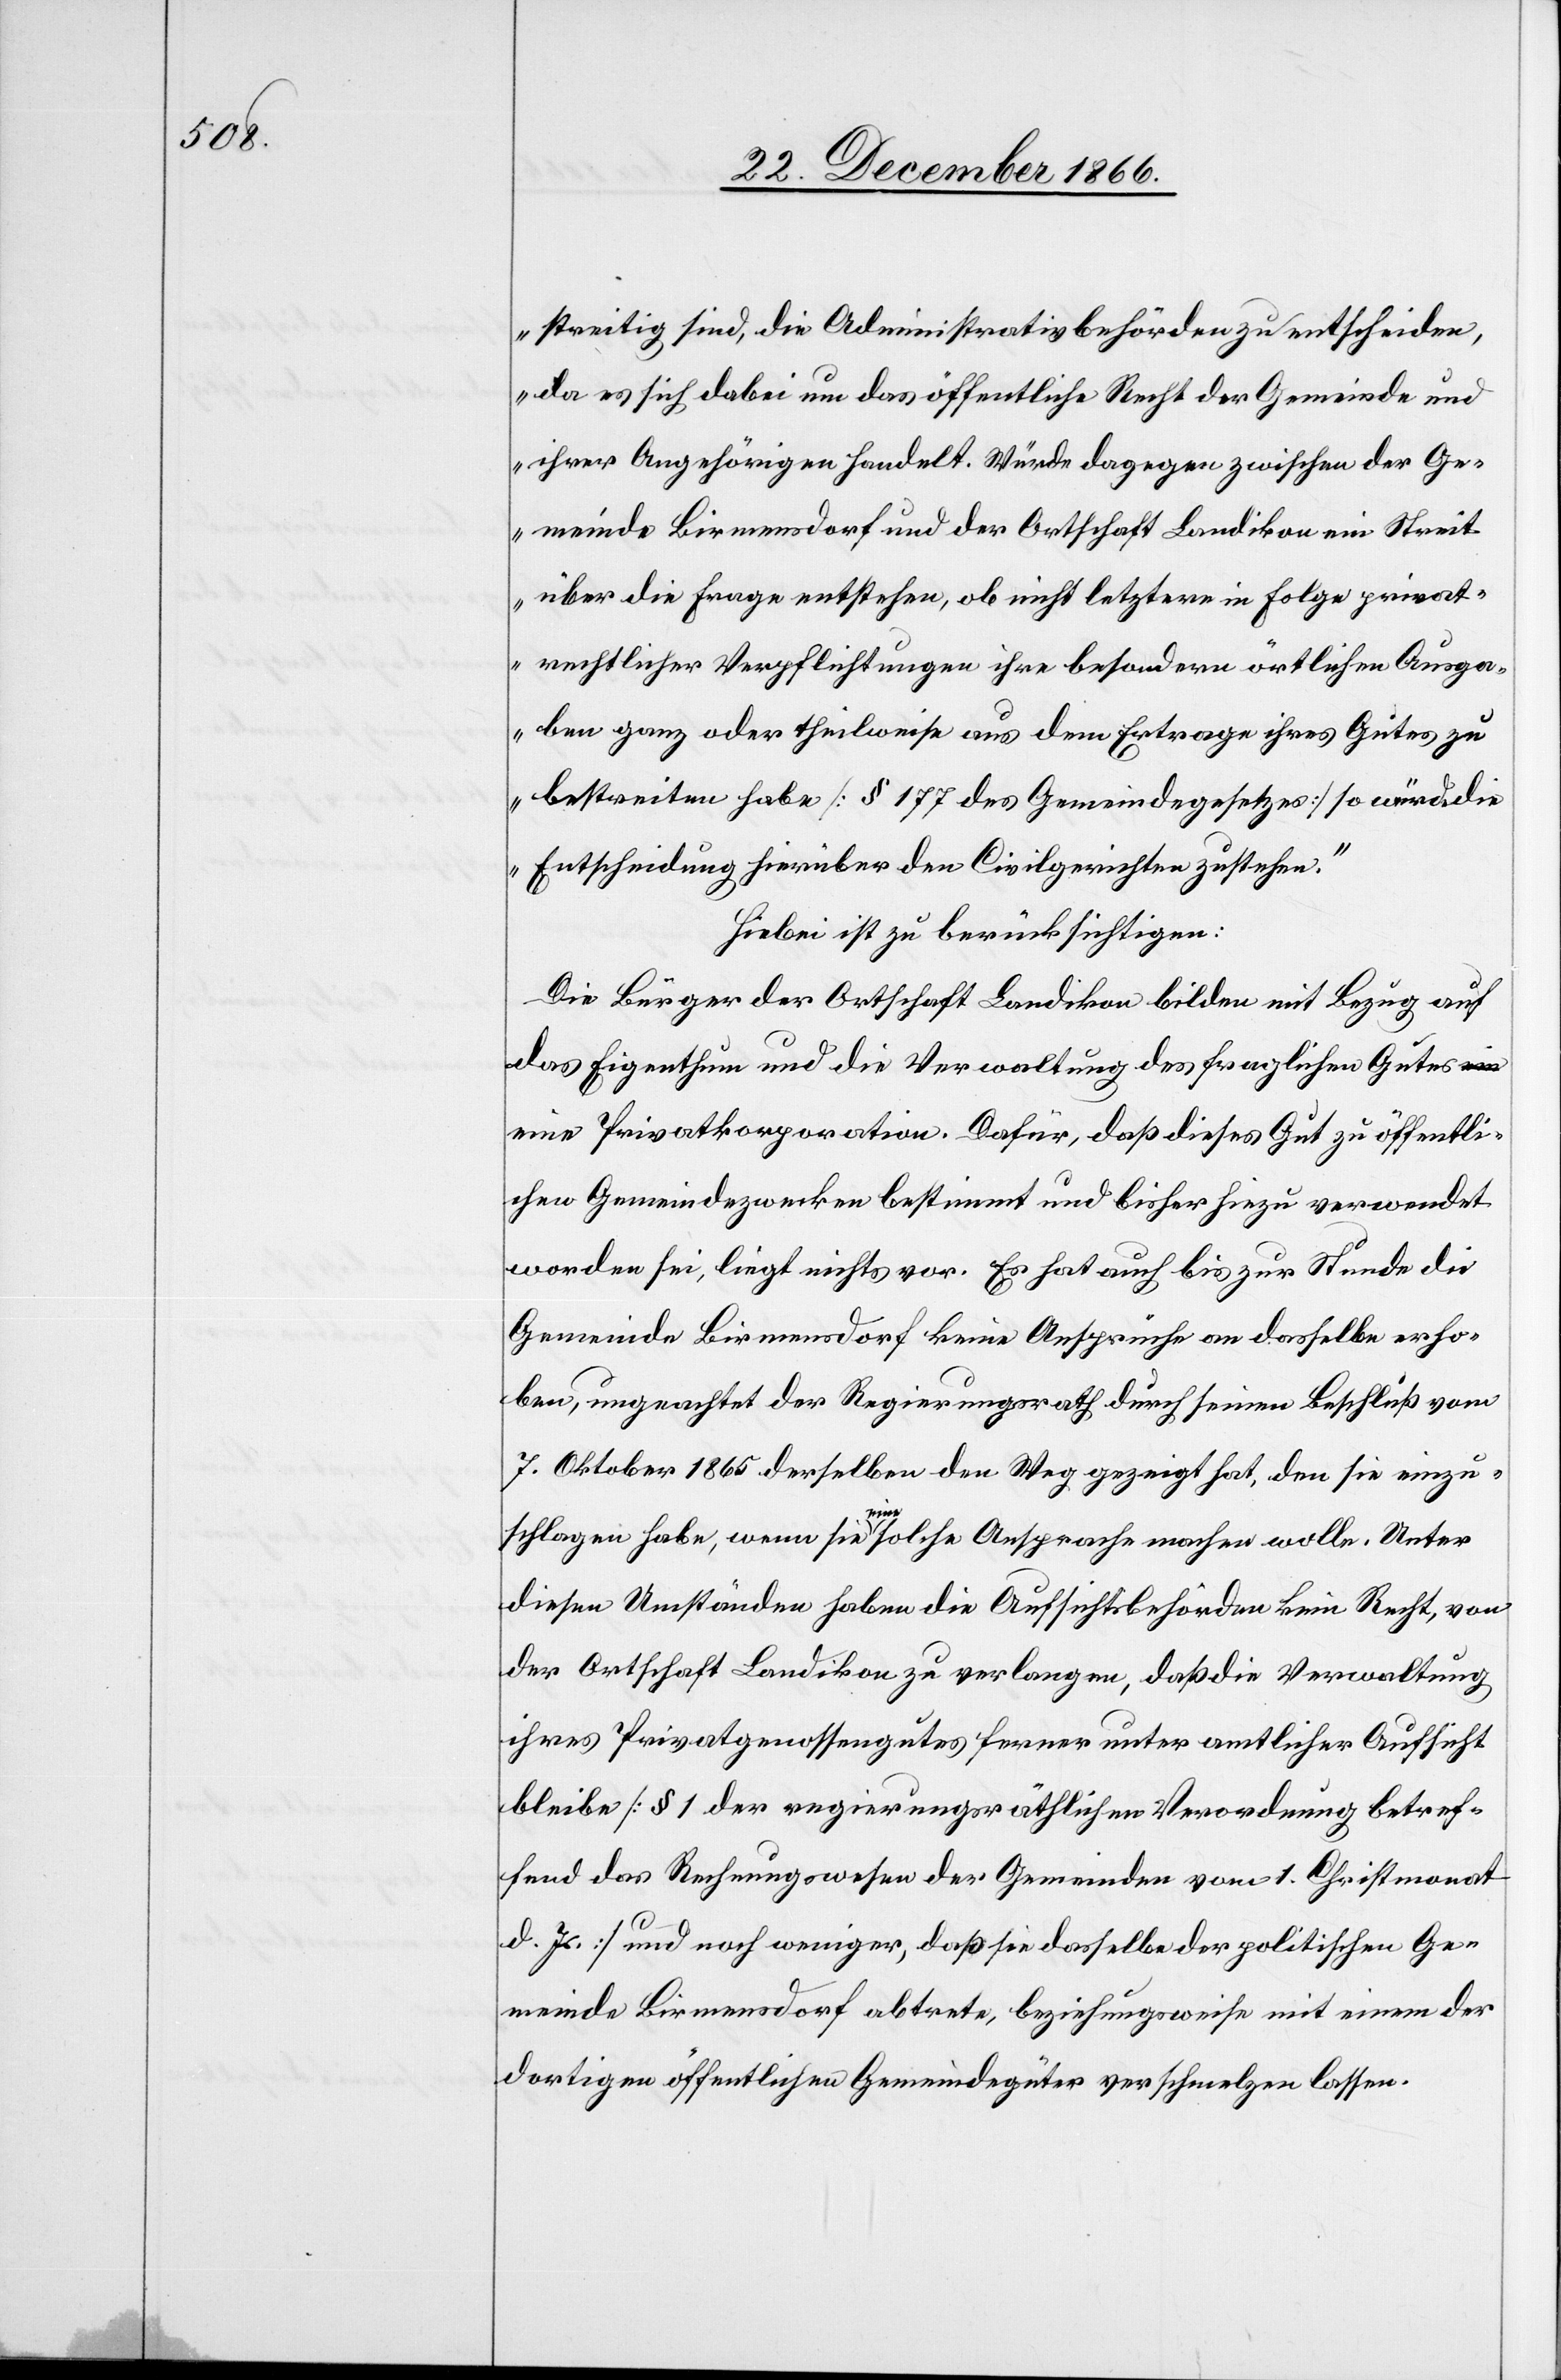
streitig sind, die Administrativbehörden zu entscheiden,
da es sich dabei um das öffentliche Recht der Gemeinde und
ihrer Angehörigen handelt. Würde dagegen zwischen der Ge¬
meinde Birmensdorf und der Ortschaft Landikon ein Streit
über die Frage entstehen, ob nicht letztere in Folge privat¬
rechtlicher Verpflichtungen ihre besondern örtlichen Ausga¬
ben ganz oder theilweise aus dem Ertrage ihres Gutes zu
bestreiten habe [§ 177 des Gemeindegesetzes] so würde die
Entscheidung hierüber den Civilgerichten zustehen.“
Hiebei ist zu berücksichtigen:
Die Bürger der Ortschaft Landikon bilden mit Bezug auf
das Eigenthum und die Verwaltung des fraglichen Gutes
eine Privatkorporation. Dafür, daß dieses Gut zu öffentli¬
chen Gemeindezwecken bestimmt und bisher hiezu verwendet
worden sei, liegt nichts vor. Es hat auch bis zur Stunde die
Gemeinde Birmensdorf keine Ansprüche an dasselbe erho¬
ben, ungeachtet der Regierungsrath durch seinen Beschluß vom
7. Oktober 1865 derselben den Weg gezeigt hat, den sie einzu¬
schlagen habe, wenn sie eine solche Ansprache machen wolle. Unter
diesen Umständen haben die Aufsichtsbehörden kein Recht, von
der Ortschaft Landikon zu verlangen, daß die Verwaltung
ihres Privatgenossengutes ferner unter amtlicher Aufsicht
bleibe [§ 1 der regierungsräthlichen Verordnung betref¬
fend das Rechnungswesen der Gemeinden vom 1. Christmonat
d. Js] und noch weniger, daß sie dasselbe der politischen Ge¬
meinde Birmensdorf abtrete, beziehungsweise mit einem der
dortigen öffentlichen Gemeindegüter verschmelzen lassen.